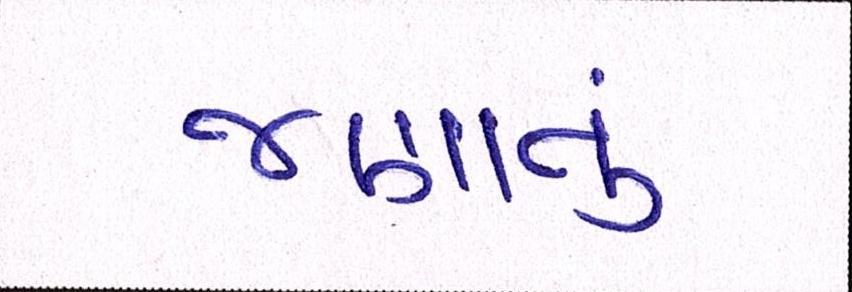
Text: જણાતું